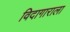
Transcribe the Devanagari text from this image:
विदागाराला